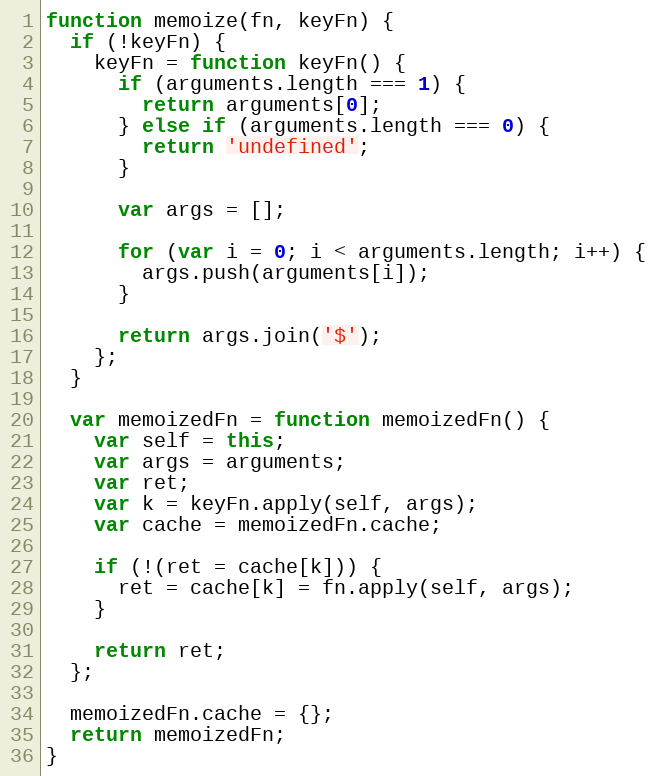
Language: JavaScript
function memoize(fn, keyFn) {
  if (!keyFn) {
    keyFn = function keyFn() {
      if (arguments.length === 1) {
        return arguments[0];
      } else if (arguments.length === 0) {
        return 'undefined';
      }

      var args = [];

      for (var i = 0; i < arguments.length; i++) {
        args.push(arguments[i]);
      }

      return args.join('$');
    };
  }

  var memoizedFn = function memoizedFn() {
    var self = this;
    var args = arguments;
    var ret;
    var k = keyFn.apply(self, args);
    var cache = memoizedFn.cache;

    if (!(ret = cache[k])) {
      ret = cache[k] = fn.apply(self, args);
    }

    return ret;
  };

  memoizedFn.cache = {};
  return memoizedFn;
}